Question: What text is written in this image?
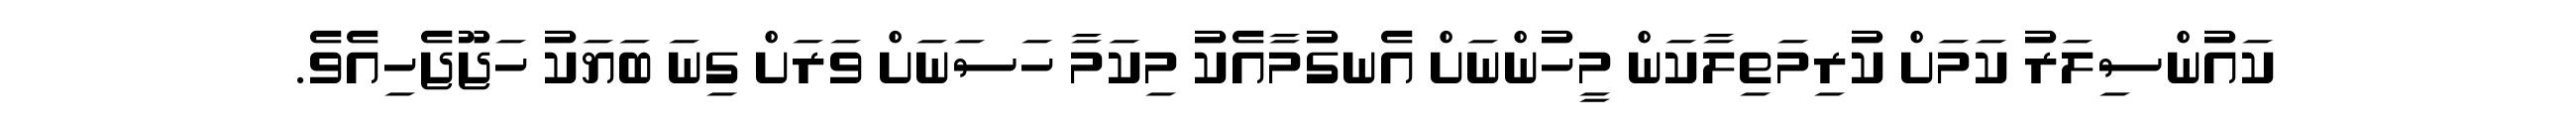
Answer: ކައުންސިލަރު ކަމަށް ކުރިމަތިލާކަން މީހުންނަށް އެނގުމާއެކު މިކަމާ ހަސަނަށް ވަރަށް ގިނަ ބަޔަކު ހަޖޫޖެހިއެވެ.